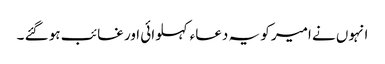
انہوں نے امیر کو یہ دعاء کہلوائی اور غائب ہو گئے ۔